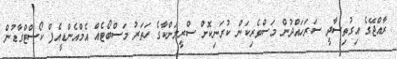
ރާއްޖޭގެ އިގުތިސާދީ ސަރަހައްދުން މަސްވެރިކަން ކުރަނިކޮށް ސްރީލަންކާގެ ހަތަރު މަސްބޯޓެއް އެމްއެންޑީއެފް ކޯސްޓްގާޑުން